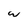
Character: w